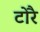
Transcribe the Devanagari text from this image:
टोरै